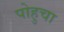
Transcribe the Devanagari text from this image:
पोहुचा